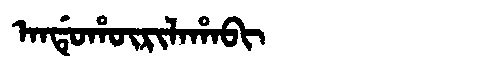
Manchu: ᠠᠨᡩᡠᡥᡡᡵᡳᠯᠠᡥᠠᠪᡳ
Romanization: ANDUHŪRILAHABI